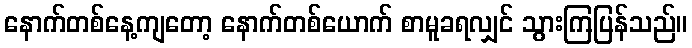
နောက်တစ်နေ့ကျတော့ နောက်တစ်ယောက် စာမူခရလျှင် သွားကြပြန်သည်။